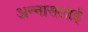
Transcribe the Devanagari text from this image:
अन्नासलाई